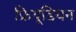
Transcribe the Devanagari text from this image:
फ्रियूडियन